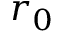
r _ { 0 }